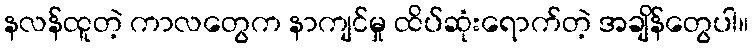
နလန်ထူတဲ့ ကာလတွေက နာကျင်မှု ထိပ်ဆုံးရောက်တဲ့ အချိန်တွေပါ။